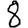
Digit: 8